Sketch of the medical history of the native army of Bombay, for the year
Year: 1876
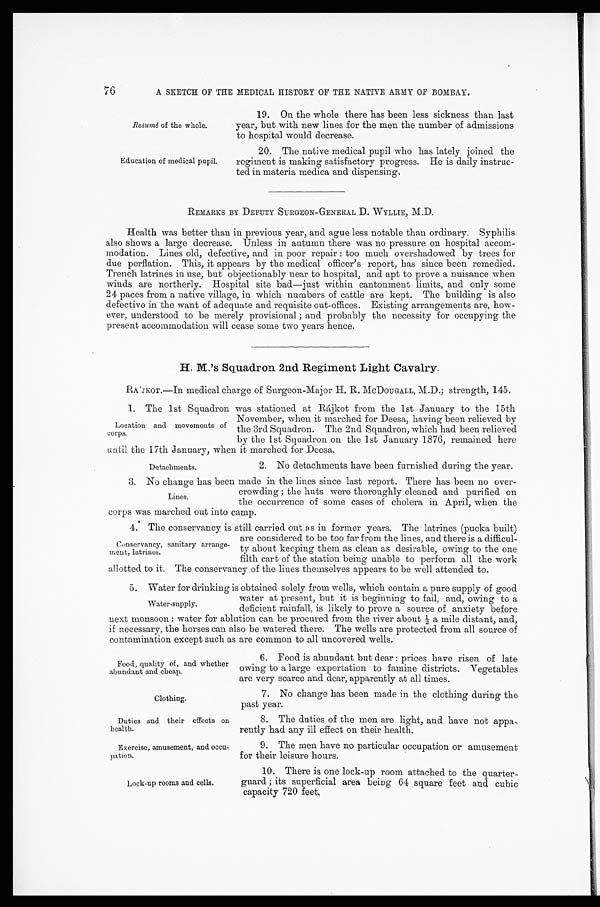
Food, quality of, and whether
abundant and cheap.
Clothing.
Duties and their effects on
health.
Exercise, amusement, and occu
-pation.
Lock-up rooms and cells.
76
A SKETCH OF THE MEDICAL HISTORY OF THE NATIVE ARMY OF BOMBAY.
Resumé of the whole.
Education of medical pupil.
19. On the whole there has been less sickness than last
year, but with new lines for the men the number of admissions
to hospital would decrease.
20. The native medical pupil who has lately joined the
regiment is making satisfactory progress. He is daily instruc
- t e d i n m a t e r i a m e d i c a a n d d i s p e n s i n g .
REMARKS BY DEPUTY SURGEON-GENERAL D. WYLLIE, M.D.
Health was better than in previous year, and ague less notable than ordinary. Syphilis
also shows a large decrease. Unless in autumn there was no pressure on hospital accom
- m o d a t i o n . L i n e s o l d , d e f e c t i v e , a n d i n p o o r r e p a i r : t o o m u c h o v e r s h a d o w e d b y t r e e s f o r
due perflation. This, it appears by the medical officer's report, has since been remedied.
Trench latrines in use, but objectionably near to hospital, and apt to prove a nuisance when
winds are northerly. Hospital site bad—just within cantonment limits, and only some
24 paces from a native village, in which numbers of cattle are kept. The building is also
defective in the want of adequate and requisite out-offices. Existing arrangements are, how
- e v e r , u n d e r s t o o d t o b e m e r e l y p r o v i s i o n a l ; a n d p r o b a b l y t h e n e c e s s i t y f o r o c c u p y i n g t h e
present accommodation will cease some two years hence.
H. M.'s Squadron 2nd Regiment Light Cavalry.
RA'JKOT.—In medical charge of Surgeon-Major H. R. McDOUGALL, M.D.; strength, 145.
1. The 1st Squadron was stationed at Rájkot from the 1st January to the 15th
November, when it marched for Deesa, having been relieved by
the 3rd Squadron. The 2nd Squadron, which had been relieved
by the 1st Squadron on the 1st January 1876, remained here
until the 17th January, when it marched for Deesa.
Location and movements of
corps.
Detachments.
2. No detachments have been furnished during the year.
3. No change has been made in the lines since last report. There has been no over-
crowding ; the huts were thoroughly cleaned and purified on
the occurrence of some cases of cholera in April, when the
corps was marched out into camp.
4. The conservancy is still carried out as in former years. The latrines (pucka built)
are considered to be too far from the lines, and there is a difficul
-ty about keeping them as clean as desirable, owing to the one
filth cart of the station being unable to perform all the work
allotted to it. The conservancy of the lines themselves appears to be well attended to.
5. Water for drinking is obtained solely from wells, which contain a pure supply of good
water at present, but it is beginning to fail, and, owing to a
deficient rainfall, is likely to prove a source of anxiety before
next monsoon: water for ablution can be procured from the river about ½ a mile distant, and,
it necessary, the horses can also be watered there. The wells are protected from all source of
contamination except such as are common to all uncovered wells.
Lines.
Conservancy, sanitary arrange-
ment, latrines.
Water-supply.
6. Food is abundant but dear: prices have risen of late
owing to a large exportation to famine districts. Vegetables
are very scarce and dear, apparently at all times.
7. No change has been made in the clothing during the
past year.
8. The duties of the men are light, and have not appa-
rently had any ill effect on their health.
9. The men have no particular occupation or amusement
for their leisure hours.
10. There is one lock-up room attached to the quarter
-guard; its superficial area being 64 square feet and cubic
capacity 720 feet.